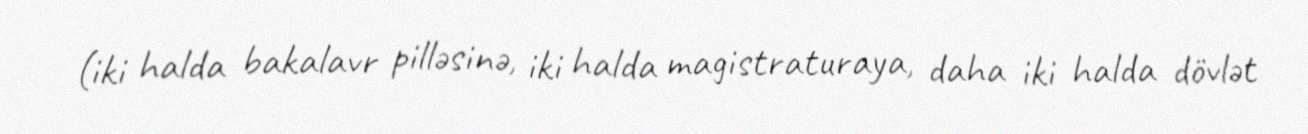
(iki halda bakalavr pilləsinə, iki halda magistraturaya, daha iki halda dövlət